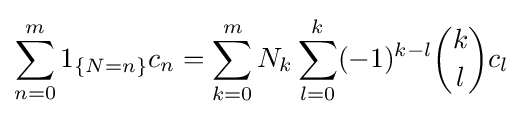
\sum _{n=0}^{m}1_{\{N=n\}}c_{n}=\sum _{k=0}^{m}N_{k}\sum _{l=0}^{k}(-1)^{k-l}{\binom {k}{l}}c_{l}